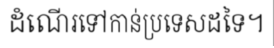
ដំណើរទៅកាន់ប្រទេសដទៃ។